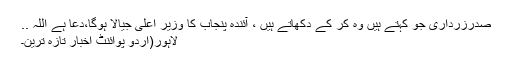
صدرزرداری جو کہتے ہیں وہ کر کے دکھاتے ہیں ، آئندہ پنجاب کا وزیر اعلیٰ جیالا ہوگا،دعا ہے اللہ ..
لاہور(اُردو پوائنٹ اخبار تازہ ترین۔